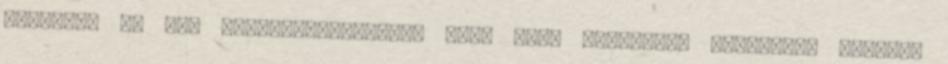
bünteti. És egy EP-állásfoglalás, amit Mary Honeyball képviselő jegyez,